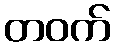
တဝက်